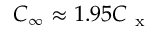
C _ { \infty } \approx 1 . 9 5 C _ { \mathrm { ~ x ~ } }